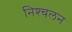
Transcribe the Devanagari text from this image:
निश्‍चलन